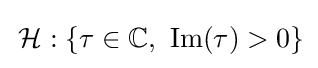
\,{\mathcal {H}}:\{\tau \in \mathbb {C} ,{\text{ }}\mathrm {Im} (\tau )>0\}